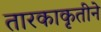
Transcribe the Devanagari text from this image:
तारकाकृतीने